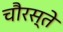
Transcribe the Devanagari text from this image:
चौरस्ते